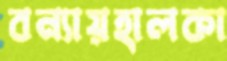
বন্যায়হালকা